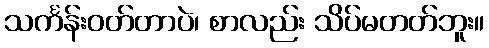
သင်္ကန်းဝတ်တာပဲ၊ စာလည်း သိပ်မတတ်ဘူး။